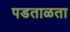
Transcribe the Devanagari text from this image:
पडताळता